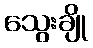
သွေးချို